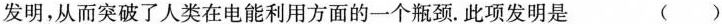
发明，从而突破了人类在电能利用方面的一个瓶颈。此项发明是 ( )